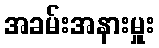
အခမ်းအနားမှူး